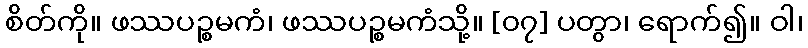
စိတ်ကို။ ဖဿပဉ္စမကံ၊ ဖဿပဉ္စမကံသို့။ [၀၇] ပတွာ၊ ရောက်၍။ ဝါ၊